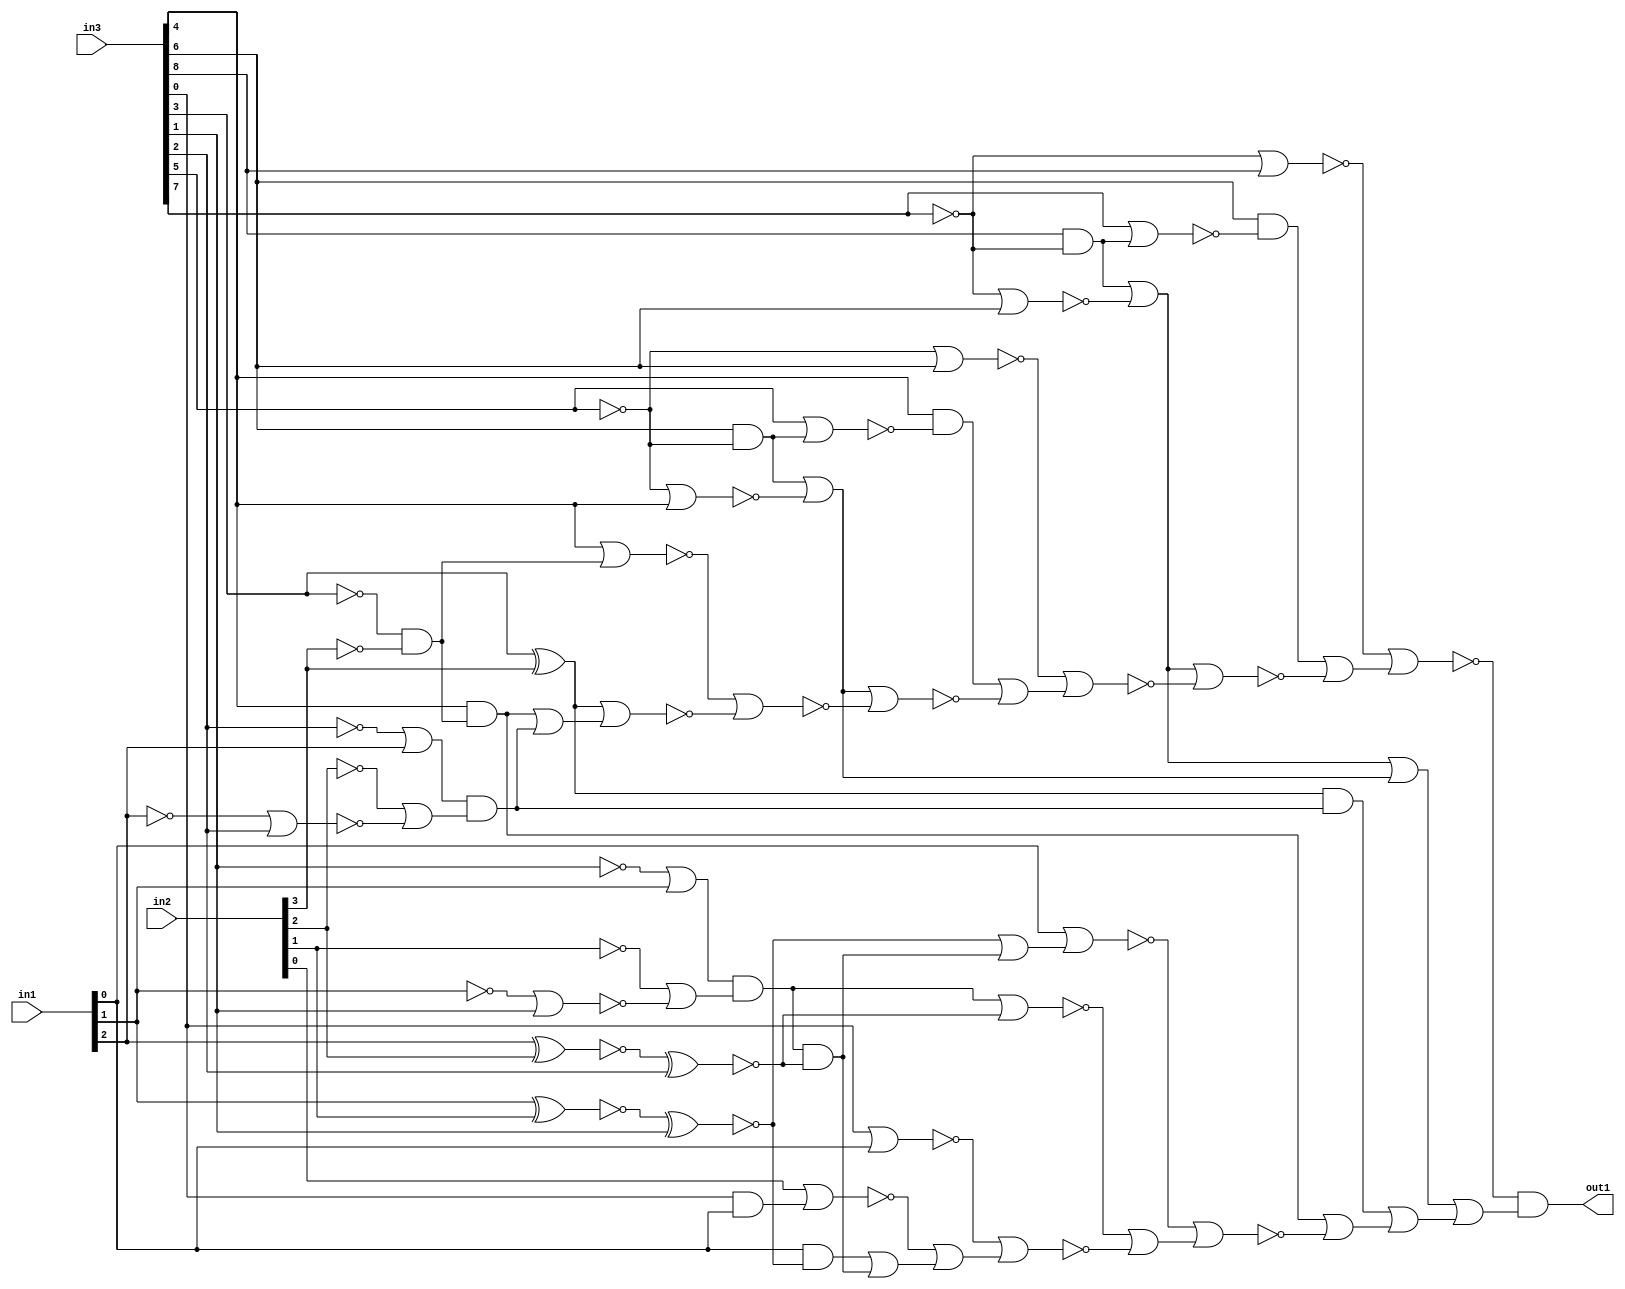
module top(in1, in2, in3, out1);
  input [2:0] in1;
  input [3:0] in2;
  input [8:0] in3;
  output out1;
  wire [2:0] in1;
  wire [3:0] in2;
  wire [8:0] in3;
  wire out1;
  wire csa_tree_lt_8_21_groupi_n_0, csa_tree_lt_8_21_groupi_n_1, csa_tree_lt_8_21_groupi_n_2, csa_tree_lt_8_21_groupi_n_3, csa_tree_lt_8_21_groupi_n_4, csa_tree_lt_8_21_groupi_n_5, csa_tree_lt_8_21_groupi_n_6, csa_tree_lt_8_21_groupi_n_7;
  wire csa_tree_lt_8_21_groupi_n_8, csa_tree_lt_8_21_groupi_n_9, csa_tree_lt_8_21_groupi_n_10, csa_tree_lt_8_21_groupi_n_11, csa_tree_lt_8_21_groupi_n_12, csa_tree_lt_8_21_groupi_n_13, csa_tree_lt_8_21_groupi_n_14, csa_tree_lt_8_21_groupi_n_15;
  wire csa_tree_lt_8_21_groupi_n_16, csa_tree_lt_8_21_groupi_n_17, csa_tree_lt_8_21_groupi_n_18, csa_tree_lt_8_21_groupi_n_19, csa_tree_lt_8_21_groupi_n_20, csa_tree_lt_8_21_groupi_n_21, csa_tree_lt_8_21_groupi_n_22, csa_tree_lt_8_21_groupi_n_23;
  wire csa_tree_lt_8_21_groupi_n_24, csa_tree_lt_8_21_groupi_n_25, csa_tree_lt_8_21_groupi_n_26, csa_tree_lt_8_21_groupi_n_27, csa_tree_lt_8_21_groupi_n_28, csa_tree_lt_8_21_groupi_n_29, csa_tree_lt_8_21_groupi_n_30, csa_tree_lt_8_21_groupi_n_31;
  wire csa_tree_lt_8_21_groupi_n_32, csa_tree_lt_8_21_groupi_n_33, csa_tree_lt_8_21_groupi_n_34, csa_tree_lt_8_21_groupi_n_35, csa_tree_lt_8_21_groupi_n_36, csa_tree_lt_8_21_groupi_n_37, csa_tree_lt_8_21_groupi_n_38, csa_tree_lt_8_21_groupi_n_39;
  wire csa_tree_lt_8_21_groupi_n_40, csa_tree_lt_8_21_groupi_n_41, csa_tree_lt_8_21_groupi_n_42, csa_tree_lt_8_21_groupi_n_43, csa_tree_lt_8_21_groupi_n_44, csa_tree_lt_8_21_groupi_n_45, csa_tree_lt_8_21_groupi_n_46, csa_tree_lt_8_21_groupi_n_47;
  wire csa_tree_lt_8_21_groupi_n_48, csa_tree_lt_8_21_groupi_n_49, csa_tree_lt_8_21_groupi_n_50, csa_tree_lt_8_21_groupi_n_51, csa_tree_lt_8_21_groupi_n_52, csa_tree_lt_8_21_groupi_n_53, csa_tree_lt_8_21_groupi_n_54, csa_tree_lt_8_21_groupi_n_55;
  wire csa_tree_lt_8_21_groupi_n_56, csa_tree_lt_8_21_groupi_n_57, csa_tree_lt_8_21_groupi_n_58, csa_tree_lt_8_21_groupi_n_59, csa_tree_lt_8_21_groupi_n_60, csa_tree_lt_8_21_groupi_n_61, csa_tree_lt_8_21_groupi_n_62, csa_tree_lt_8_21_groupi_n_63;
  wire csa_tree_lt_8_21_groupi_n_64;
  and csa_tree_lt_8_21_groupi_g428__2398(out1 ,csa_tree_lt_8_21_groupi_n_63 ,csa_tree_lt_8_21_groupi_n_64);
  or csa_tree_lt_8_21_groupi_g429__5107(csa_tree_lt_8_21_groupi_n_64 ,csa_tree_lt_8_21_groupi_n_35 ,csa_tree_lt_8_21_groupi_n_62);
  nor csa_tree_lt_8_21_groupi_g430__6260(csa_tree_lt_8_21_groupi_n_63 ,csa_tree_lt_8_21_groupi_n_15 ,csa_tree_lt_8_21_groupi_n_60);
  or csa_tree_lt_8_21_groupi_g431__4319(csa_tree_lt_8_21_groupi_n_62 ,csa_tree_lt_8_21_groupi_n_42 ,csa_tree_lt_8_21_groupi_n_61);
  or csa_tree_lt_8_21_groupi_g432__8428(csa_tree_lt_8_21_groupi_n_61 ,csa_tree_lt_8_21_groupi_n_34 ,csa_tree_lt_8_21_groupi_n_59);
  or csa_tree_lt_8_21_groupi_g433__5526(csa_tree_lt_8_21_groupi_n_60 ,csa_tree_lt_8_21_groupi_n_37 ,csa_tree_lt_8_21_groupi_n_58);
  nor csa_tree_lt_8_21_groupi_g434__6783(csa_tree_lt_8_21_groupi_n_59 ,csa_tree_lt_8_21_groupi_n_53 ,csa_tree_lt_8_21_groupi_n_57);
  nor csa_tree_lt_8_21_groupi_g435__3680(csa_tree_lt_8_21_groupi_n_58 ,csa_tree_lt_8_21_groupi_n_27 ,csa_tree_lt_8_21_groupi_n_56);
  or csa_tree_lt_8_21_groupi_g436__1617(csa_tree_lt_8_21_groupi_n_57 ,csa_tree_lt_8_21_groupi_n_47 ,csa_tree_lt_8_21_groupi_n_54);
  nor csa_tree_lt_8_21_groupi_g437__2802(csa_tree_lt_8_21_groupi_n_56 ,csa_tree_lt_8_21_groupi_n_13 ,csa_tree_lt_8_21_groupi_n_55);
  or csa_tree_lt_8_21_groupi_g438__1705(csa_tree_lt_8_21_groupi_n_55 ,csa_tree_lt_8_21_groupi_n_38 ,csa_tree_lt_8_21_groupi_n_51);
  nor csa_tree_lt_8_21_groupi_g439__5122(csa_tree_lt_8_21_groupi_n_54 ,csa_tree_lt_8_21_groupi_n_12 ,csa_tree_lt_8_21_groupi_n_52);
  nor csa_tree_lt_8_21_groupi_g440__8246(csa_tree_lt_8_21_groupi_n_53 ,in1[0] ,csa_tree_lt_8_21_groupi_n_48);
  or csa_tree_lt_8_21_groupi_g441__7098(csa_tree_lt_8_21_groupi_n_52 ,csa_tree_lt_8_21_groupi_n_33 ,csa_tree_lt_8_21_groupi_n_50);
  nor csa_tree_lt_8_21_groupi_g442__6131(csa_tree_lt_8_21_groupi_n_51 ,csa_tree_lt_8_21_groupi_n_26 ,csa_tree_lt_8_21_groupi_n_49);
  or csa_tree_lt_8_21_groupi_g443__1881(csa_tree_lt_8_21_groupi_n_50 ,csa_tree_lt_8_21_groupi_n_46 ,csa_tree_lt_8_21_groupi_n_44);
  nor csa_tree_lt_8_21_groupi_g444__5115(csa_tree_lt_8_21_groupi_n_49 ,csa_tree_lt_8_21_groupi_n_31 ,csa_tree_lt_8_21_groupi_n_45);
  or csa_tree_lt_8_21_groupi_g445__7482(csa_tree_lt_8_21_groupi_n_48 ,csa_tree_lt_8_21_groupi_n_40 ,csa_tree_lt_8_21_groupi_n_44);
  nor csa_tree_lt_8_21_groupi_g446__4733(csa_tree_lt_8_21_groupi_n_47 ,csa_tree_lt_8_21_groupi_n_36 ,csa_tree_lt_8_21_groupi_n_41);
  and csa_tree_lt_8_21_groupi_g447__6161(csa_tree_lt_8_21_groupi_n_46 ,in1[0] ,csa_tree_lt_8_21_groupi_n_40);
  nor csa_tree_lt_8_21_groupi_g448__9315(csa_tree_lt_8_21_groupi_n_45 ,csa_tree_lt_8_21_groupi_n_28 ,csa_tree_lt_8_21_groupi_n_43);
  and csa_tree_lt_8_21_groupi_g449__9945(csa_tree_lt_8_21_groupi_n_44 ,csa_tree_lt_8_21_groupi_n_36 ,csa_tree_lt_8_21_groupi_n_41);
  or csa_tree_lt_8_21_groupi_g450__2883(csa_tree_lt_8_21_groupi_n_43 ,csa_tree_lt_8_21_groupi_n_34 ,csa_tree_lt_8_21_groupi_n_39);
  and csa_tree_lt_8_21_groupi_g451__2346(csa_tree_lt_8_21_groupi_n_42 ,csa_tree_lt_8_21_groupi_n_28 ,csa_tree_lt_8_21_groupi_n_39);
  xnor csa_tree_lt_8_21_groupi_g452__1666(csa_tree_lt_8_21_groupi_n_41 ,csa_tree_lt_8_21_groupi_n_24 ,in3[2]);
  xnor csa_tree_lt_8_21_groupi_g453__7410(csa_tree_lt_8_21_groupi_n_40 ,csa_tree_lt_8_21_groupi_n_23 ,in3[1]);
  and csa_tree_lt_8_21_groupi_g454__6417(csa_tree_lt_8_21_groupi_n_39 ,csa_tree_lt_8_21_groupi_n_20 ,csa_tree_lt_8_21_groupi_n_29);
  and csa_tree_lt_8_21_groupi_g455__5477(csa_tree_lt_8_21_groupi_n_38 ,in3[4] ,csa_tree_lt_8_21_groupi_n_30);
  and csa_tree_lt_8_21_groupi_g456__2398(csa_tree_lt_8_21_groupi_n_37 ,in3[6] ,csa_tree_lt_8_21_groupi_n_32);
  and csa_tree_lt_8_21_groupi_g457__5107(csa_tree_lt_8_21_groupi_n_36 ,csa_tree_lt_8_21_groupi_n_14 ,csa_tree_lt_8_21_groupi_n_25);
  or csa_tree_lt_8_21_groupi_g458__6260(csa_tree_lt_8_21_groupi_n_35 ,csa_tree_lt_8_21_groupi_n_27 ,csa_tree_lt_8_21_groupi_n_26);
  nor csa_tree_lt_8_21_groupi_g459__4319(csa_tree_lt_8_21_groupi_n_33 ,in2[0] ,csa_tree_lt_8_21_groupi_n_11);
  nor csa_tree_lt_8_21_groupi_g460__8428(csa_tree_lt_8_21_groupi_n_32 ,in3[7] ,csa_tree_lt_8_21_groupi_n_22);
  nor csa_tree_lt_8_21_groupi_g461__5526(csa_tree_lt_8_21_groupi_n_31 ,in3[4] ,csa_tree_lt_8_21_groupi_n_16);
  nor csa_tree_lt_8_21_groupi_g462__6783(csa_tree_lt_8_21_groupi_n_30 ,in3[5] ,csa_tree_lt_8_21_groupi_n_21);
  or csa_tree_lt_8_21_groupi_g463__3680(csa_tree_lt_8_21_groupi_n_29 ,csa_tree_lt_8_21_groupi_n_7 ,csa_tree_lt_8_21_groupi_n_18);
  and csa_tree_lt_8_21_groupi_g464__1617(csa_tree_lt_8_21_groupi_n_34 ,in3[4] ,csa_tree_lt_8_21_groupi_n_16);
  or csa_tree_lt_8_21_groupi_g465__2802(csa_tree_lt_8_21_groupi_n_25 ,csa_tree_lt_8_21_groupi_n_6 ,csa_tree_lt_8_21_groupi_n_17);
  xnor csa_tree_lt_8_21_groupi_g466__1705(csa_tree_lt_8_21_groupi_n_24 ,in1[2] ,in2[2]);
  xor csa_tree_lt_8_21_groupi_g467__5122(csa_tree_lt_8_21_groupi_n_28 ,in3[3] ,in2[3]);
  or csa_tree_lt_8_21_groupi_g468__8246(csa_tree_lt_8_21_groupi_n_27 ,csa_tree_lt_8_21_groupi_n_22 ,csa_tree_lt_8_21_groupi_n_19);
  xnor csa_tree_lt_8_21_groupi_g469__7098(csa_tree_lt_8_21_groupi_n_23 ,in1[1] ,in2[1]);
  or csa_tree_lt_8_21_groupi_g470__6131(csa_tree_lt_8_21_groupi_n_26 ,csa_tree_lt_8_21_groupi_n_21 ,csa_tree_lt_8_21_groupi_n_10);
  or csa_tree_lt_8_21_groupi_g471__1881(csa_tree_lt_8_21_groupi_n_20 ,csa_tree_lt_8_21_groupi_n_4 ,in1[2]);
  nor csa_tree_lt_8_21_groupi_g472__5115(csa_tree_lt_8_21_groupi_n_19 ,csa_tree_lt_8_21_groupi_n_1 ,in3[6]);
  nor csa_tree_lt_8_21_groupi_g473__7482(csa_tree_lt_8_21_groupi_n_18 ,csa_tree_lt_8_21_groupi_n_0 ,in3[2]);
  nor csa_tree_lt_8_21_groupi_g474__4733(csa_tree_lt_8_21_groupi_n_17 ,csa_tree_lt_8_21_groupi_n_2 ,in3[1]);
  and csa_tree_lt_8_21_groupi_g475__6161(csa_tree_lt_8_21_groupi_n_22 ,in3[8] ,csa_tree_lt_8_21_groupi_n_1);
  and csa_tree_lt_8_21_groupi_g476__9315(csa_tree_lt_8_21_groupi_n_21 ,in3[6] ,csa_tree_lt_8_21_groupi_n_3);
  nor csa_tree_lt_8_21_groupi_g477__9945(csa_tree_lt_8_21_groupi_n_15 ,csa_tree_lt_8_21_groupi_n_1 ,in3[8]);
  or csa_tree_lt_8_21_groupi_g478__2883(csa_tree_lt_8_21_groupi_n_14 ,csa_tree_lt_8_21_groupi_n_5 ,in1[1]);
  nor csa_tree_lt_8_21_groupi_g479__2346(csa_tree_lt_8_21_groupi_n_13 ,csa_tree_lt_8_21_groupi_n_3 ,in3[6]);
  nor csa_tree_lt_8_21_groupi_g480__1666(csa_tree_lt_8_21_groupi_n_12 ,in3[0] ,in1[0]);
  and csa_tree_lt_8_21_groupi_g481__7410(csa_tree_lt_8_21_groupi_n_11 ,in3[0] ,in1[0]);
  nor csa_tree_lt_8_21_groupi_g482__6417(csa_tree_lt_8_21_groupi_n_10 ,csa_tree_lt_8_21_groupi_n_3 ,in3[4]);
  and csa_tree_lt_8_21_groupi_g483__5477(csa_tree_lt_8_21_groupi_n_16 ,csa_tree_lt_8_21_groupi_n_9 ,csa_tree_lt_8_21_groupi_n_8);
  not csa_tree_lt_8_21_groupi_g484(csa_tree_lt_8_21_groupi_n_9 ,in3[3]);
  not csa_tree_lt_8_21_groupi_g485(csa_tree_lt_8_21_groupi_n_8 ,in2[3]);
  not csa_tree_lt_8_21_groupi_g486(csa_tree_lt_8_21_groupi_n_7 ,in2[2]);
  not csa_tree_lt_8_21_groupi_g487(csa_tree_lt_8_21_groupi_n_6 ,in2[1]);
  not csa_tree_lt_8_21_groupi_g488(csa_tree_lt_8_21_groupi_n_5 ,in3[1]);
  not csa_tree_lt_8_21_groupi_g489(csa_tree_lt_8_21_groupi_n_4 ,in3[2]);
  not csa_tree_lt_8_21_groupi_g490(csa_tree_lt_8_21_groupi_n_3 ,in3[5]);
  not csa_tree_lt_8_21_groupi_g491(csa_tree_lt_8_21_groupi_n_2 ,in1[1]);
  not csa_tree_lt_8_21_groupi_g492(csa_tree_lt_8_21_groupi_n_1 ,in3[7]);
  not csa_tree_lt_8_21_groupi_g493(csa_tree_lt_8_21_groupi_n_0 ,in1[2]);
endmodule